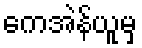
ကေအဲန်ယူမှ